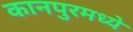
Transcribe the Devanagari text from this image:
कानपुरमध्ये